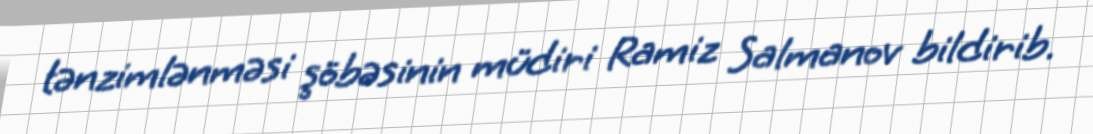
tənzimlənməsi şöbəsinin müdiri Ramiz Salmanov bildirib.